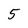
Character: 5